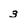
Character: 3